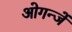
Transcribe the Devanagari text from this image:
ओगन्जें